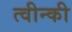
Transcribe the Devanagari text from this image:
त्वीन्की